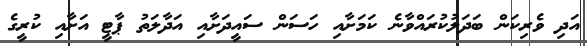
އަދި ވެރިކަން ބަދަލުކުރައްވާނެ ކަމަށާއި ހަސަން ސައީދަށާއި އަދާލަތު ޕާޓީ އަށާއި ކުރީގެ